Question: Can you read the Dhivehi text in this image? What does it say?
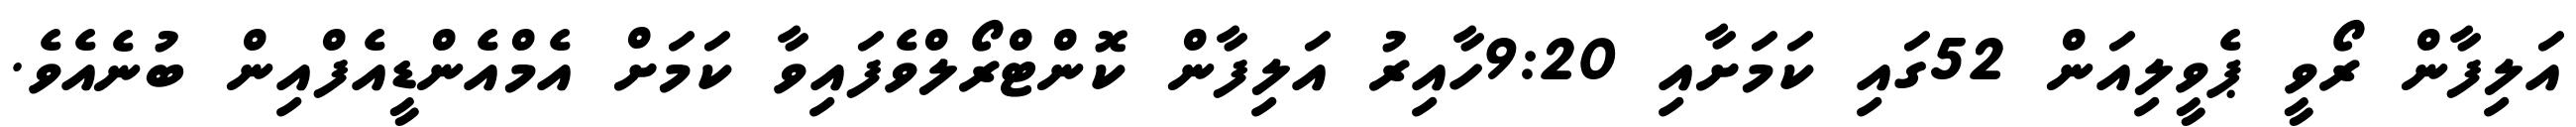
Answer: އަލިފާން ރޯވީ ޕެވީލިއަން 52ގައި ކަމަށާއި 9:20ހާއިރު އަލިފާން ކޮންޓްރޯލްވެފައިވާ ކަމަށް އެމްއެންޑީއެފްއިން ބުނެއެވެ.